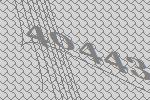
40443